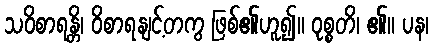
သဝိစာရန္တိ၊ ဝိစာရနျင့်တကွ ဖြစ်၏ဟူ၍။ ဝုစ္စတိ၊ ၏။ ပန၊